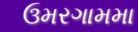
ઉમરગામમા